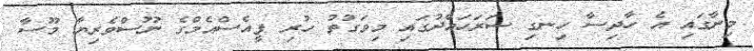
މިނާގައި އެ ހާދިސާ ހިނގި ސަރަހައްދުގައި މިވަގުތު ހުރި ޕީއެސްއެމްގެ ނޫސްވެރިޔާ މޫސާ